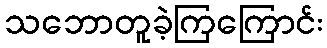
သဘောတူခဲ့ကြကြောင်း